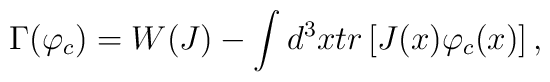
\Gamma(\varphi_c)=W(J)-\int d^3x tr \left[J(x)\varphi_c(x)\right],